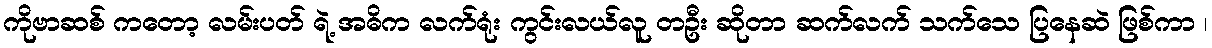
ကိုဗာဆစ် ကတော့ လမ်းပတ် ရဲ့ အဓိက လက်ရုံး ကွင်းလယ်လူ တဦး ဆိုတာ ဆက်လက် သက်သေ ပြနေဆဲ ဖြစ်ကာ ၊